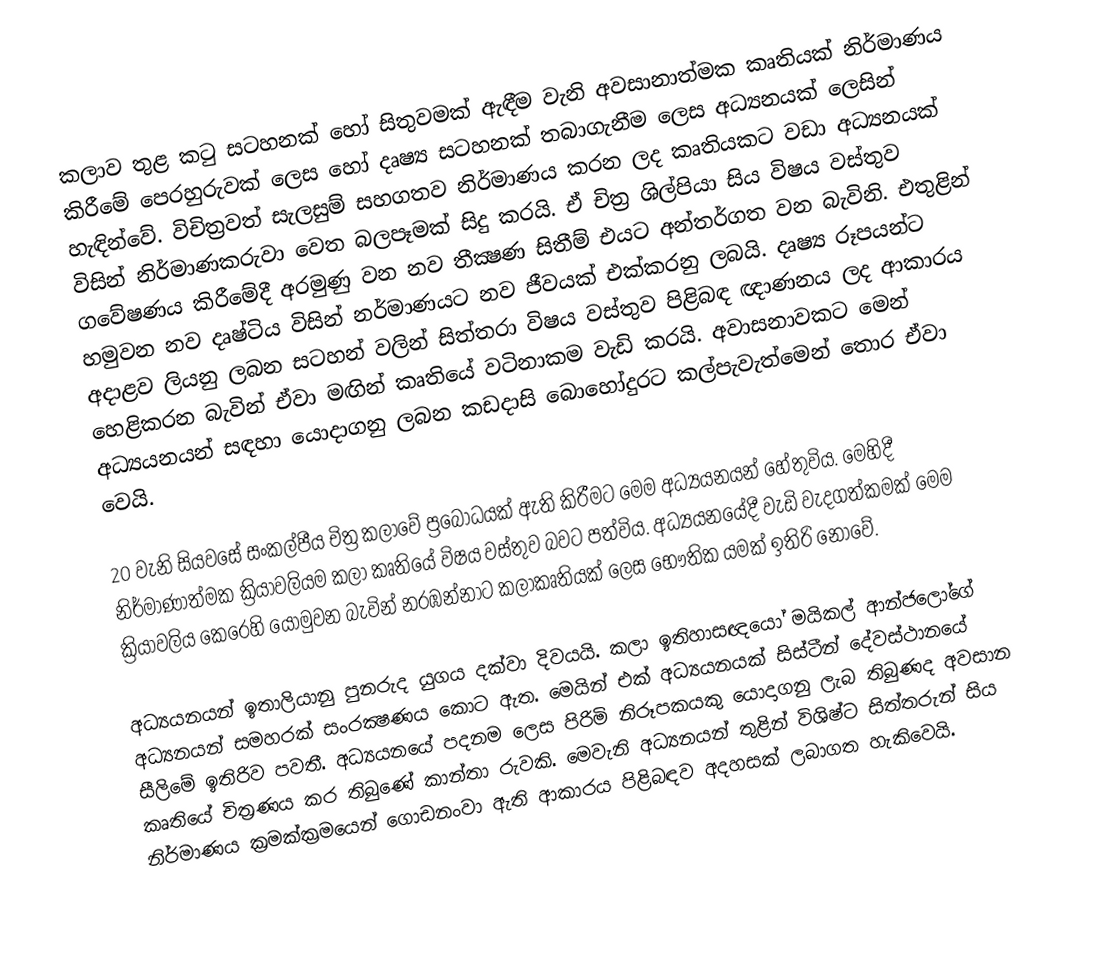
කලාව තුළ කටු සටහනක් හෝ සිතුවමක් ඇඳීම වැනි අවසානාත්මක කෘතියක් නිර්මාණය කිරීමේ පෙරහුරුවක් ලෙස හෝ දෘෂ්‍ය සටහනක් තබාගැනීම ලෙස අධ්‍යනයක් ලෙසින් හැඳින්වේ. විචිත්‍රවත් සැලසුම් සහගතව නිර්මාණය කරන ලද කෘතියකට වඩා අධ්‍යනයක් විසින් නිර්මාණකරුවා වෙත බලපෑමක් සිදු කරයි. ඒ චිත්‍ර ශිල්පියා සිය විෂය වස්තුව ගවේෂණය කිරීමේදී අරමුණු වන නව තීක්‍ෂණ සිතීම් එයට අන්තර්ගත වන බැවිනි. එතුළින් හමුවන නව දෘෂ්ටිය විසින් නර්මාණයට නව ජීවයක් එක්කරනු ලබයි. දෘෂ්‍ය රූපයන්ට අදාළව ලියනු ලබන සටහන් වලින් සිත්තරා විෂය වස්තුව පිළිබඳ ඥාණනය ලද ආකාරය හෙළිකරන බැවින් ඒවා මඟින් කෘතියේ වටිනාකම වැඩි කරයි.  අවාසනාවකට මෙන් අධ්‍යයනයන් සඳහා යොදාගනු ලබන කඩදාසි බොහෝදුරට කල්පැවැත්මෙන් තොර ඒවා වෙයි.

20 වැනි සියවසේ සංකල්පීය චිත්‍ර කලාවේ ප්‍රබෝධයක් ඇති කිරීමට මෙම අධ්‍යයනයන් හේතුවිය. මෙහිදී නිර්මාණාත්මක ක්‍රියාවලියම කලා කෘතියේ විෂය වස්තුව බවට පත්විය. අධ්‍යයනයේදී වැඩි වැදගත්කමක් මෙම ක්‍රියාවලිය කෙරෙහි යොමුවන බැවින් නරඹන්නාට කලාකෘතියක් ලෙස භෞතික යමක් ඉතිරි නොවේ.

අධ්‍යයනයන් ඉතාලියානු පුනරුද යුගය දක්වා දිවයයි. කලා ඉතිහාසඥයෝ මයිකල් ආන්ජලෝගේ අධ්‍යනයන් සමහරක් සංරක්‍ෂණය කොට ඇත. මෙයින් එක් අධ්‍යයනයක් සිස්ටීන් දේවස්ථානයේ සීලිමේ ඉතිරිව පවතී. අධ්‍යයනයේ පදනම ලෙස පිරිමි නිරූපකයකු යොදාගනු ලැබ තිබුණද අවසාන කෘතියේ චිත්‍රණය කර තිබුණේ කාන්තා රුවකි. මෙවැනි අධ්‍යනයන් තුළින් විශිෂ්ට සිත්තරුන් සිය නිර්මාණය ක්‍රමක්ක්‍රමයෙන් ගොඩනංවා ඇති ආකාරය පිළිබඳව අදහසක් ලබාගත හැකිවෙයි.